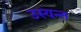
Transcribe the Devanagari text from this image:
उस्यन्त